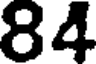
84